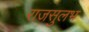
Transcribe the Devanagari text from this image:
राजसुलभ